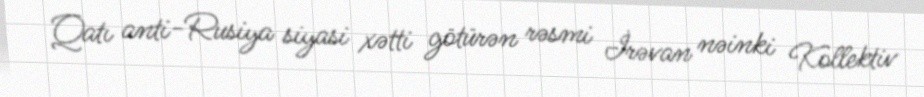
Qatı anti-Rusiya siyasi xətti götürən rəsmi İrəvan nəinki Kollektiv